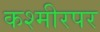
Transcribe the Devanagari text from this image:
कश्मीरपर